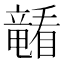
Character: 𪿁